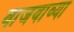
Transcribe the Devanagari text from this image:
वाजवाव्या